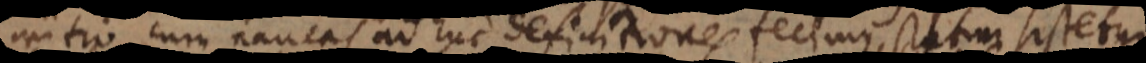
initio cum paucas adhuc definitiones fecimus, statim sistetur